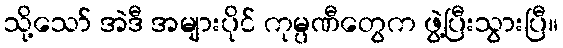
သို့သော် အဲဒီ အများပိုင် ကုမ္ပဏီတွေက ဖွဲ့ပြီးသွားပြီ။